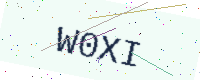
Text: W0XI